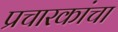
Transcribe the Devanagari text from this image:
प्रचारकांचा